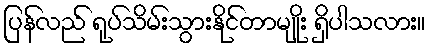
ပြန်လည် ရုပ်သိမ်းသွားနိုင်တာမျိုး ရှိပါသလား။